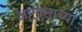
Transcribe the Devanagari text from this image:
अष्टदलाच्या